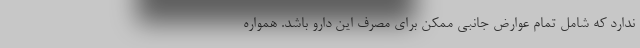
ندارد که شامل تمام عوارض جانبی ممکن برای مصرف این دارو باشد. همواره